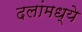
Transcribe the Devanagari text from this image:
दलांमध्ये